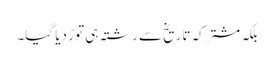
بلکہ مشترکہ تاریخ سے رشتہ ہی توڑ دیا گیا۔